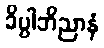
ခိပ္ပါဘိညာနံ